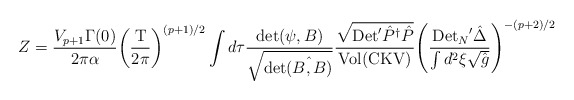
\begin{align*}Z={{V_{p+1}\Gamma(0)}\over{2\pi\alpha}}{{\left({{\mbox{T}}\over{2\pi}}\right)}^{(p+1)/2}}\int d\tau{{\mbox{det}(\psi,B)}\over{\sqrt{\mbox{det}\hat{(B,B)}}}}{{\sqrt{\mbox{Det}'{\hat{P}^\dagger}\hat{P}}}\over{\mbox{Vol}(\mbox{CKV})}}{{\left({{{\mbox{Det}_N}'\hat{\Delta}}\over{\int{d^2}\xi\sqrt{\hat{g}}}}\right)}^{-(p+2)/2}}\end{align*}